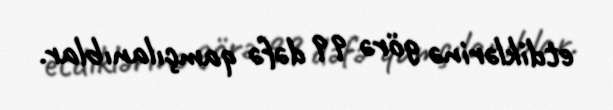
etdiklərinə görə 99 dəfə qamçılanıblar.